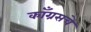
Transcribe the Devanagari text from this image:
काँग्रसचे